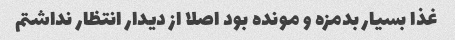
غذا بسیار بدمزه و مونده بود اصلا از دیدار انتظار نداشتم